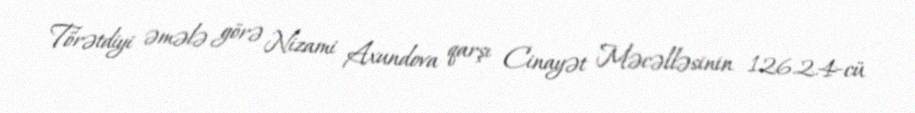
Törətdiyi əmələ görə Nizami Axundova qarşı Cinayət Məcəlləsinin 126.2.4-cü